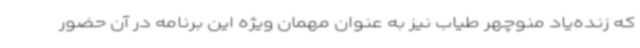
که زنده‌یاد منوچهر طیاب نیز به عنوان مهمان ویژه این برنامه در آن حضور